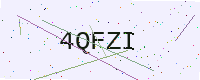
Text: 4QFZI